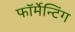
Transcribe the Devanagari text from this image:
फॉर्मेन्टिंग